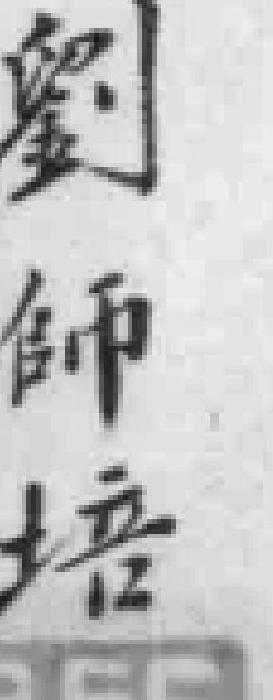
劉師培